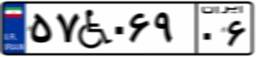
۵۷W۰۶۹۰۶